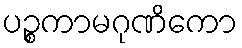
ပဉ္စကာမဂုဏိကော